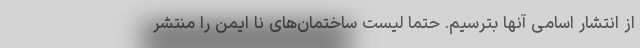
از انتشار اسامی آنها بترسیم. حتما لیست ساختمان‌های نا ایمن را منتشر